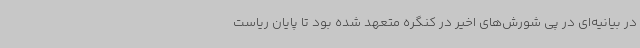
در بیانیه‌ای در پی شورش‌های اخیر در کنگره متعهد شده بود تا پایان ریاست